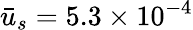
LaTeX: \bar{u}_{s}=5.3\times{10^{-4}}